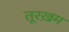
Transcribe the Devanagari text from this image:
तूरख़म